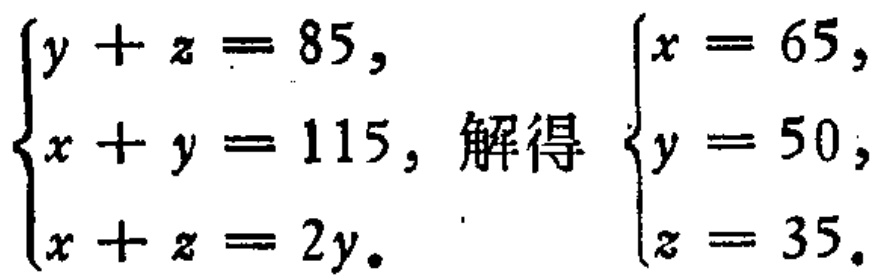
\(\begin{cases}y + z = 85, \\x + y = 115, \\x + z = 2y.\end{cases}\) 解得 \(\begin{cases}x = 65, \\y = 50, \\z = 35.\end{cases}\)